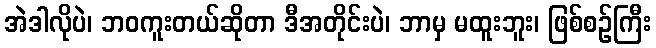
အဲဒါလိုပဲ၊ ဘဝကူးတယ်ဆိုတာ ဒီအတိုင်းပဲ၊ ဘာမှ မထူးဘူး၊ ဖြစ်စဉ်ကြီး